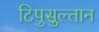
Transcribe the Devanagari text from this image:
टिपुसुल्तान